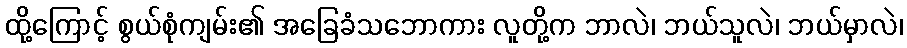
ထို့ကြောင့် စွယ်စုံကျမ်း၏ အခြေခံသဘောကား လူတို့က ဘာလဲ၊ ဘယ်သူလဲ၊ ဘယ်မှာလဲ၊